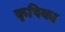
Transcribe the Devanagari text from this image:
कृषिका